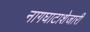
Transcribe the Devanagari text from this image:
नागघाटाशेजारी